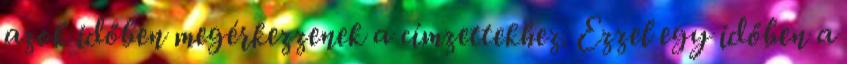
azok időben megérkezzenek a címzettekhez. Ezzel egy időben a